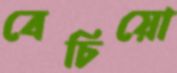
বেচিয়ো